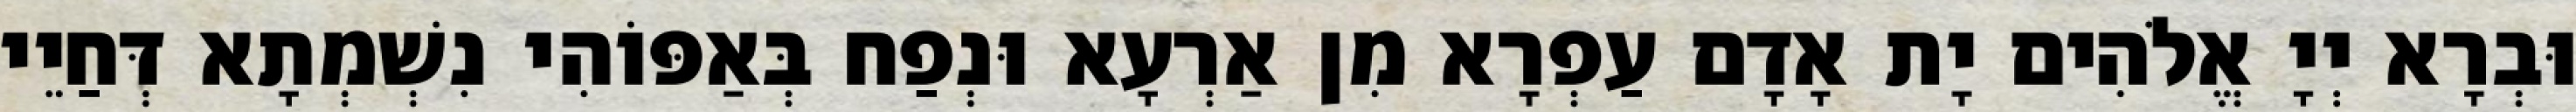
וּבְרָא יְיָ אֱלֹהִים יָת אָדָם עַפְרָא מִן אַרְעָא וּנְפַח בְּאַפּוֹהִי נִשְׁמְתָא דְּחַיֵי